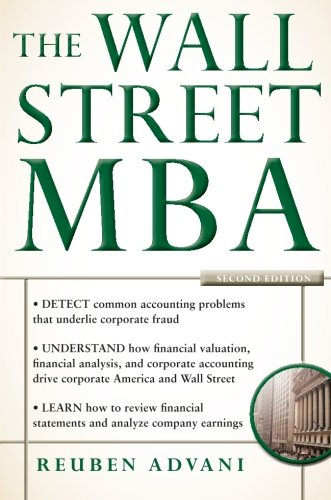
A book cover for The Wall Street MBA, Second Edition; Reuben Advani; Business & Money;